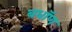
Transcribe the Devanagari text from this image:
बधॉण